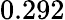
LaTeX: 0.292